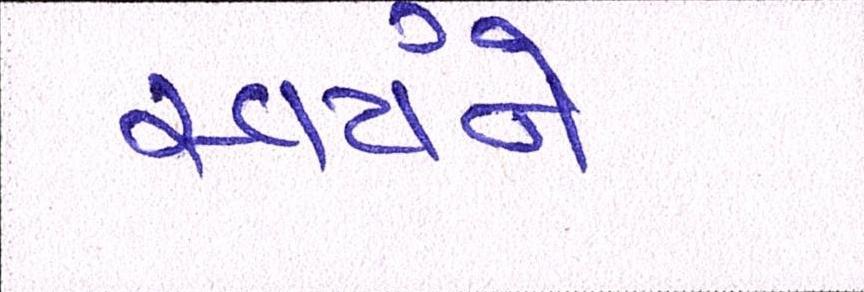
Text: સ્વયંને